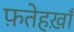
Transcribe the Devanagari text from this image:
फ़तेहख़ाँ